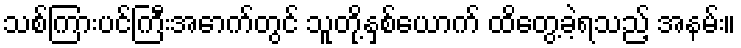
သစ်ကြားပင်ကြီးအောက်တွင် သူတို့နှစ်ယောက် ထိတွေ့ခဲ့ရသည့် အနမ်း။